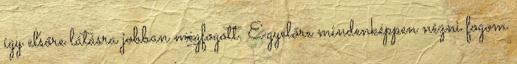
így elsőre látásra jobban megfogott. Egyelőre mindenképpen nézni fogom